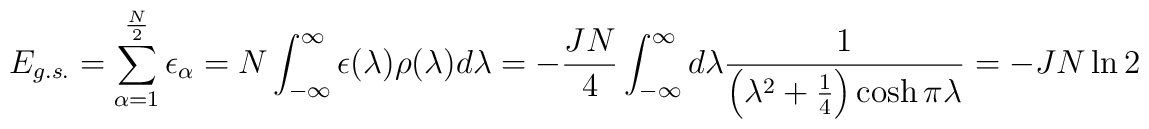
E_{g.s.}=\sum_{\alpha =1}^{\frac{N}{2}}\epsilon_{\alpha}=N\int_{-\infty}^{\infty}\epsilon(\lambda)\rho(\lambda)d\lambda=-\frac{J N}{4}\int_{-\infty}^{\infty}d\lambda\frac{1}{\left(\lambda^2+\frac{1}{4}\right)\cosh\pi\lambda}=-JN\ln 2